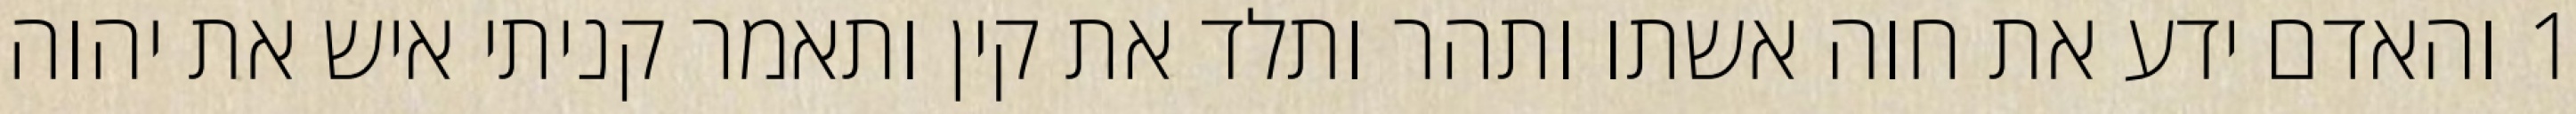
1 והאדם ידע את חוה אשתו ותהר ותלד את קין ותאמר קניתי איש את יהוה׃